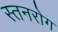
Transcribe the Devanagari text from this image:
स्तनरोग